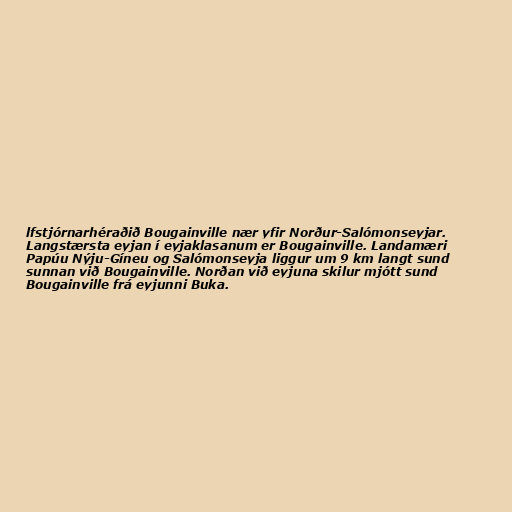
lfstjórnarhéraðið Bougainville nær yfir Norður-Salómonseyjar.
Langstærsta eyjan í eyjaklasanum er Bougainville. Landamæri
Papúu Nýju-Gíneu og Salómonseyja liggur um 9 km langt sund
sunnan við Bougainville. Norðan við eyjuna skilur mjótt sund
Bougainville frá eyjunni Buka.